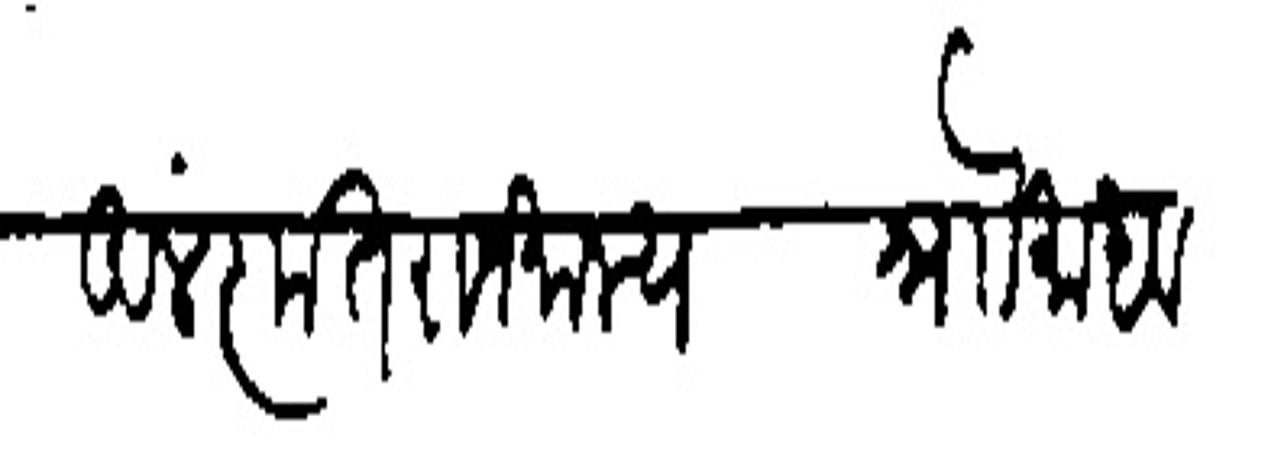
Transliteration (Devanagari): अलंकृत राजमान्य श्र्नोा माधव